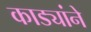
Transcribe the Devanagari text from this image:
काड्यांने